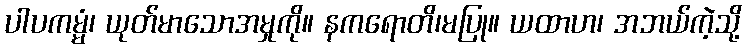
ပါပကမ္မံ၊ ယုတ်မာသောအမှုကို။ နကရောတိ၊မပြု။ ယထာဟ၊ အဘယ်ကဲ့သို့